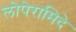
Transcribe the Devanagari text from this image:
लोपेरामिदे